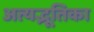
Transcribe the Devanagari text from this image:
अत्यद्भूतिका